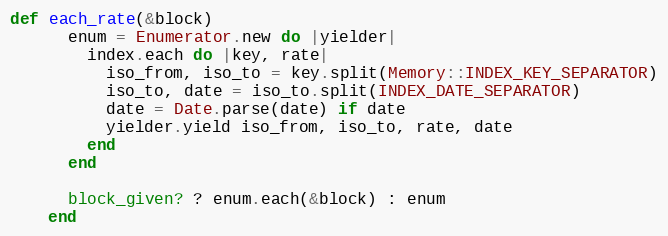
Language: Ruby
def each_rate(&block)
      enum = Enumerator.new do |yielder|
        index.each do |key, rate|
          iso_from, iso_to = key.split(Memory::INDEX_KEY_SEPARATOR)
          iso_to, date = iso_to.split(INDEX_DATE_SEPARATOR)
          date = Date.parse(date) if date
          yielder.yield iso_from, iso_to, rate, date
        end
      end

      block_given? ? enum.each(&block) : enum
    end